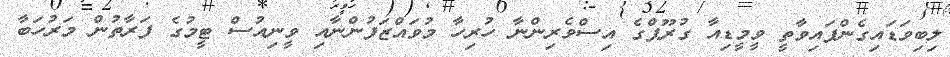
ލިބިވަޑައިގެންފައިވާތީ ވީމީޑިއާ ގުރޫޕްގެ އިސްވެރިންނާ ހުރިހާ މުވައްޒަފުންނާއި ވީނިއުސް ޓީމުގެ ފަރާތުން މަރުހަބާ